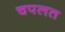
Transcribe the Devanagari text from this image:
चपलत